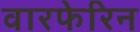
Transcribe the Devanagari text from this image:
वारफेरिन